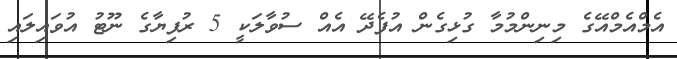
އެމްއެމްއޭގެ މިނިންމުމާ ގުޅިގެން އުފެދޭ އެއް ސުވާލަކީ 5 ރުފިޔާގެ ނޫޓު އުވައިލައި